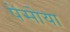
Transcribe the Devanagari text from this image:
पेसोया